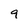
Character: 9